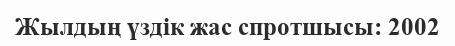
Жылдың үздік жас спротшысы: 2002